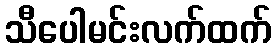
သီပေါမင်းလက်ထက်